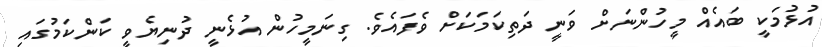
އުޅުމަކީ ބައެއް މީހުންނަށް ވަނީ ދަތިކަމަކަށް ވެފައެވެ. ގިނަމީހުން އުޅެނީ ދުނިޔެވީ ކަންކަމުގައި